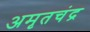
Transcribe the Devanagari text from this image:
अमृतचंद्र